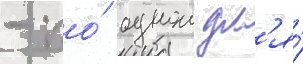
- по́ однои дл'я́